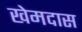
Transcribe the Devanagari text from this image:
खेमदास